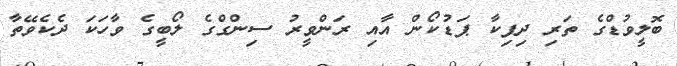
ބޮލީވުޑްގެ ތަރި ދިޕިކާ ޕަޑުކޯން އާއި ރަންވީރު ސިންގްގެ ލޯބީގެ ވާހަކަ ދެކެވޭތާ